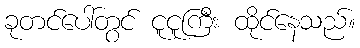
ခုတင်ပေါ်တွင် ငူငူကြီး ထိုင်နေသည်။